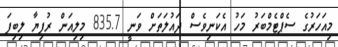
މިއަހަރުގެ ސެޕްޓެމްބަރު މަހު އެކަނިވެސް ދައުލަތަށް ވަނީ 835.7 މިލިއަން ރުފިޔާ ލިބިފަ